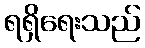
ရရှိရေးသည်